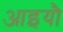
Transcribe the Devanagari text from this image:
आइयौ